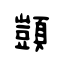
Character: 顗